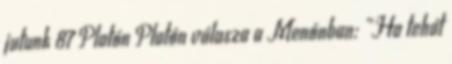
jutunk 87 Platón Platón válasza a Menónban: „Ha tehát